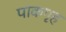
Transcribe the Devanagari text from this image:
पाकगृह